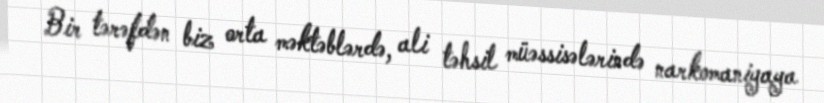
Bir tərəfdən biz orta məktəblərdə, ali təhsil müəssisələrində narkomaniyaya